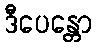
ဒီပေန္တော